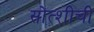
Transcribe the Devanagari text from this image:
सोत्शीची